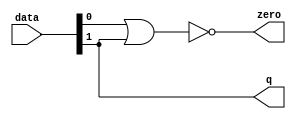
module  acl_fp_add_sub_fast_altpriority_encoder_3e8
	( 
	data,
	q,
	zero) ;
	input   [1:0]  data;
	output   [0:0]  q;
	output   zero;
	assign
		q = {data[1]},
		zero = (~ (data[0] | data[1]));
endmodule